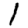
Digit: 1